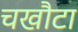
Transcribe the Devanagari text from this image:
चखौटा